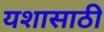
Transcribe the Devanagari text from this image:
यशासाठी